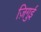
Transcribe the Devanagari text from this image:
ज़िगुई